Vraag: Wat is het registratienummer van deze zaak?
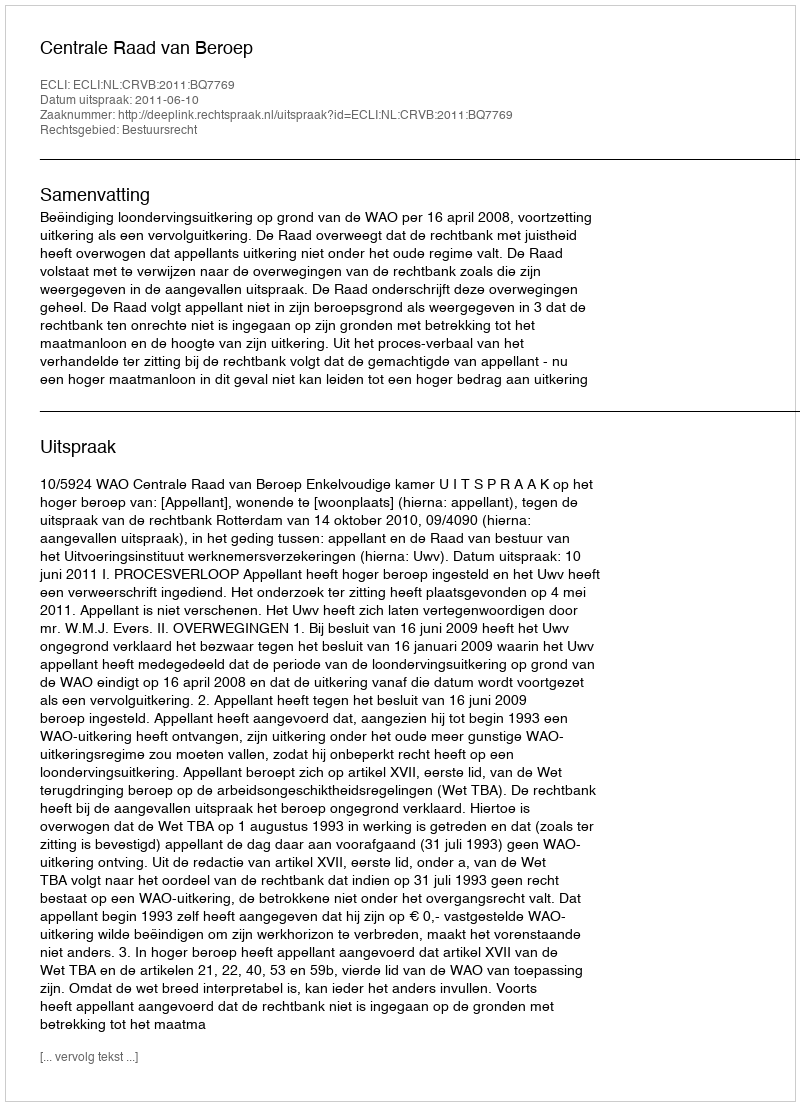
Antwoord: http://deeplink.rechtspraak.nl/uitspraak?id=ECLI:NL:CRVB:2011:BQ7769